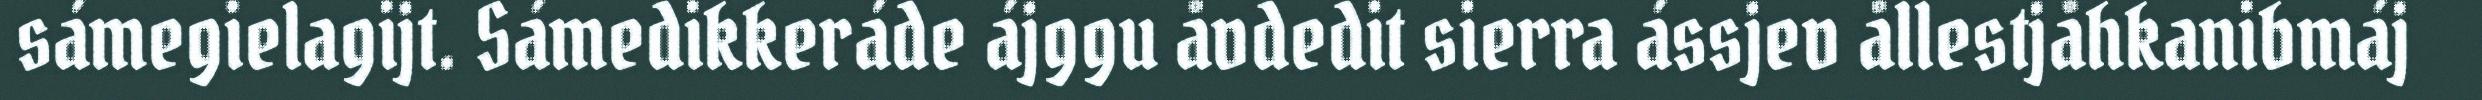
sámegielagijt. Sámedikkeráde ájggu åvdedit sierra ássjev ållestjåhkanibmáj